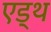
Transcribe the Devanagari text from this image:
एड्थ